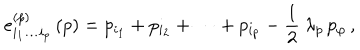
e _ { i _ { 1 } \ldots i _ { p } } ^ { ( p ) } \, ( p ) = p _ { i _ { 1 } } + p _ { i _ { 2 } } + \cdots + p _ { i _ { p } } - \frac { 1 } { 2 } \ \lambda _ { p } \, p _ { \varphi } \, ,